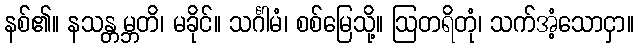
နစ်၏။ နသန္တမ္ဘတိ၊ မခိုင်။ သင်္ဂါမံ၊ စစ်မြေသို့။ ဩတရိတုံ၊ သက်အံ့သောငှာ။